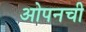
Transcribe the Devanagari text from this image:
ओपनची